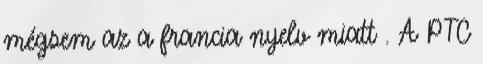
mégsem az a francia nyelv miatt . A PTC